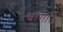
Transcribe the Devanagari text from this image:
श्वांगाउ